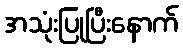
အသုံးပြုပြီးနောက်